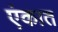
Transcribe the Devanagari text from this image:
एंकात